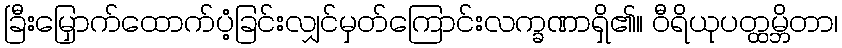
ခြီးမြှောက်ထောက်ပံ့ခြင်းလျှင်မှတ်ကြောင်းလက္ခဏာရှိ၏။ ဝီရိယုပတ္ထမ္ဘိတာ၊